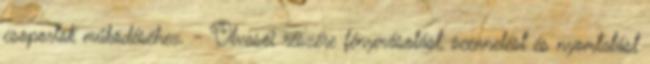
csoportok működéséhez. - Olvasói részére fénymásolást, scennelést és nyomtatást